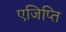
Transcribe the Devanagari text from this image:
एजिप्ति